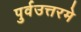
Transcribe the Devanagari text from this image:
पुर्वउत्तरमे